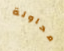
محاولة